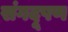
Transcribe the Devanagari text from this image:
संगदूषण